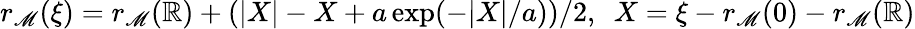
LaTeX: r_{\mathscr{M}}(\xi)=r_{\mathscr{M}}(\mathbb{R})+(|X|-X+a\exp(-|X|/a))/2,\ \ X=\xi-r_{\mathscr{M}}(0)-r_{\mathscr{M}}(\mathbb{R})